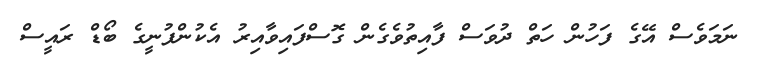
ނަމަވެސް އޭގެ ފަހުން ހަތް ދުވަސް ފާއިތުވެގެން ގޮސްފައިވާއިރު އެކުންފުނީގެ ބޯޑް ރައީސް